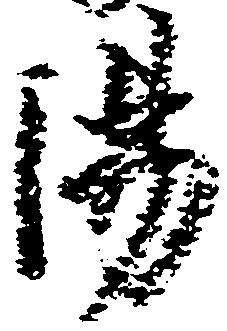
湯